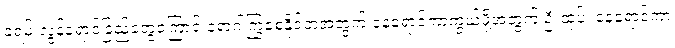
ခရမ်းလွန်ရောင်ခြည်တွေကြောင့် ရောဂါကြွစေနိုင်တဲ့အတွက် နေရောင်ကာကွယ်ဖို့အတွက် ဦးထုပ်၊ နေရောင်ကာ